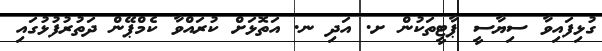
ގުޅިފައިވާ ސިޔާސީ ޕާޓީތަކުން ށ. އަދި ނ. އަތޮޅަށް ކުރައްވާ ކެމްޕޭން ދަތުރުފުޅުގައި